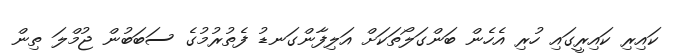
ކައިރި ކައިރީގައި ހުރި އެހެން ބަންގަލޯތަކަށް އަލިފާންގަނޑު ފެތުރުމުގެ ސަބަބުން ޖުމްލަ ތިން